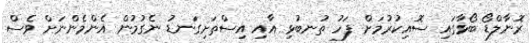
ރޮނާލްޑޯ ބޯޅާގައި ސޮއިކުރުމަށް ފަހު ތުނބުޅި އާއި އިސްތަށިގަނޑު ނެގުމުން އެންމެންނަށް ވެސް